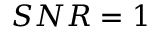
S N R = 1